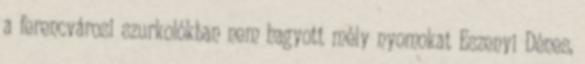
a ferencvárosi szurkolókban nem hagyott mély nyomokat Eszenyi Dénes,